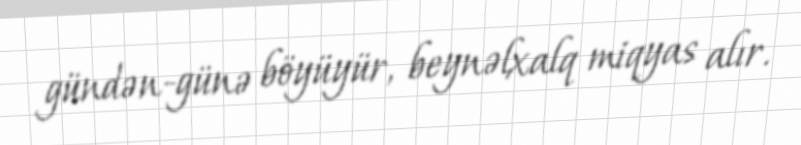
gündən-günə böyüyür, beynəlxalq miqyas alır.